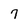
Character: 7